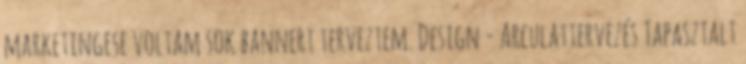
marketingese voltam sok bannert terveztem. Design - Arculattervezés Tapasztalt